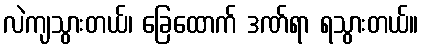
လဲကျသွားတယ်၊ ခြေထောက် ဒဏ်ရာ ရသွားတယ်။